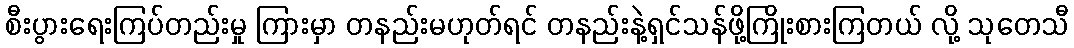
စီးပွားရေးကြပ်တည်းမှု ကြားမှာ တနည်းမဟုတ်ရင် တနည်းနဲ့ရှင်သန်ဖို့ကြိုးစားကြတယ် လို့ သုတေသီ